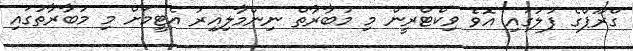
ގްރޫޕްގެ ފުލުގައި އޮވެ ވިކްޓްރީން މި މުބާރާތް ނިންމާލިއިރު އެޓީމަށް މި މުބާރާތުގައި